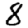
Digit: 8